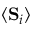
\langle \mathbf { S } _ { i } \rangle